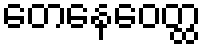
တေနေဝေတ္ထ